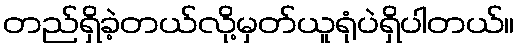
တည်ရှိခဲ့တယ်လို့မှတ်ယူရုံပဲရှိပါတယ်။